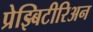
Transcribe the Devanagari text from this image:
प्रेझ्बिटीरिअन